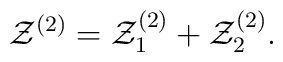
{\cal Z}^{(2)} = {\cal Z}^{(2)}_1 + {\cal Z}^{(2)}_2.